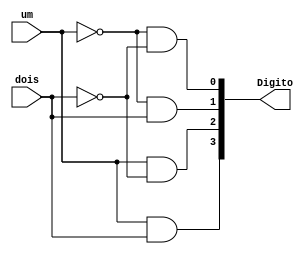
module muxDigito(um,dois,Digito);
	input um,dois;
	output [3:0] Digito;
	
	and(Digito[0],!um,!dois);
	and(Digito[1],!um,dois);
	and(Digito[2],um,!dois);
	and(Digito[3],um,dois);
endmodule